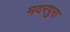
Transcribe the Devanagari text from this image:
मदरपुरा